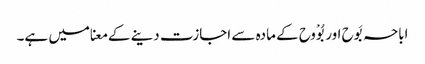
اباحہ بَوح اور بُوْوح کے مادہ سے اجازت دینے کے معنا میں ہے۔